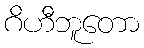
ဂိဟီဘူတော